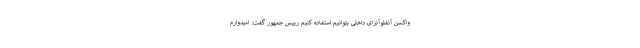
واکسن آنفلوآنزای داخلی بتوانیم استفاده کنیم رییس جمهور گفت: امیدوارم